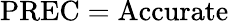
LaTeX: \mathrm{PREC}=\mathrm{Accurate}